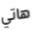
هاتي